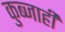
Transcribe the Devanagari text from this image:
कुब्जाही